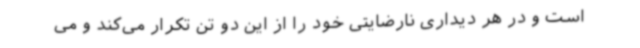
است و در هر دیداری نارضایتی خود را از این دو تن تکرار می‌کند و می